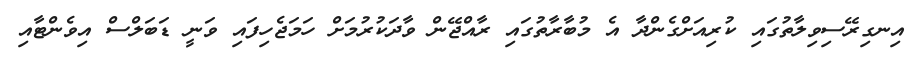
އިނގިރޭސިވިލާތުގައި ކުރިއަށްގެންދާ އެ މުބާރާތުގައި ރާއްޖޭން ވާދަކުރުމަށް ހަމަޖެހިފައި ވަނީ ޑަބަލްސް އިވެންޓާއި